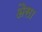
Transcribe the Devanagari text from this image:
अैसा